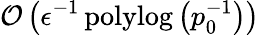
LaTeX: \mathcal{O}\left(\epsilon^{-1}\operatorname{polylog}\left(p_{0}^{-1}\right)\right)